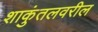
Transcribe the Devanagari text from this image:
शाकुंतलवरील